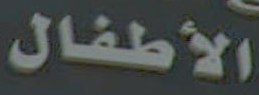
الأطفال